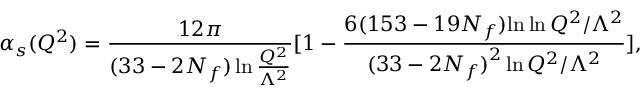
\alpha _ { s } ( Q ^ { 2 } ) = { \frac { 1 2 \pi } { ( 3 3 - 2 N _ { f } ) \ln { \frac { Q ^ { 2 } } { \Lambda ^ { 2 } } } } } [ 1 - { \frac { 6 ( 1 5 3 - 1 9 N _ { f } ) { \ln \ln { Q ^ { 2 } / { \Lambda ^ { 2 } } } } } { { ( 3 3 - 2 N _ { f } ) } ^ { 2 } \ln { Q ^ { 2 } / \Lambda ^ { 2 } } } } ] ,